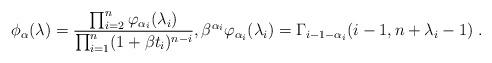
LaTeX: \begin{align*}\phi _{\alpha }(\lambda )=\frac{\prod_{i=2}^{n}\varphi _{\alpha_{i}}(\lambda _{i})}{\prod_{i=1}^{n}(1+\beta t_{i})^{n-i}},\beta^{\alpha _{i}}\varphi _{\alpha _{i}}(\lambda _{i})=\Gamma _{i-1-\alpha_{i}}(i-1,n+\lambda _{i}-1)\;. \end{align*}